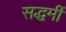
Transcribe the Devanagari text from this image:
सद्धर्मी